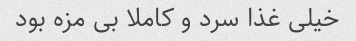
خیلی غذا سرد و کاملا بی مزه بود